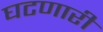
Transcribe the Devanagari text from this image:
घटणारी